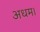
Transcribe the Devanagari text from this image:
अधम।